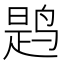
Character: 𫛸